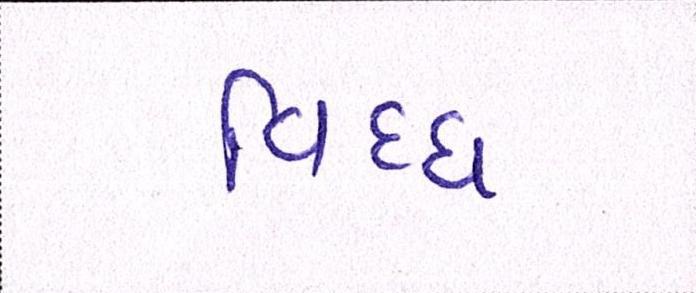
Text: વિધ્ધ